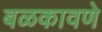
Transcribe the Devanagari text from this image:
बळकावणे